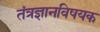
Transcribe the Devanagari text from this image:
तंत्रज्ञानविषयक